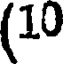
(10